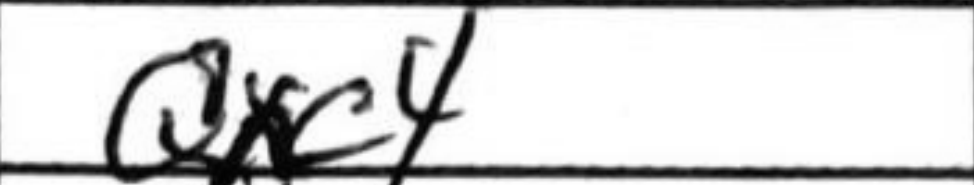
Transcription: Qxc4